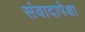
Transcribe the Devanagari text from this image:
संवादापेक्षा